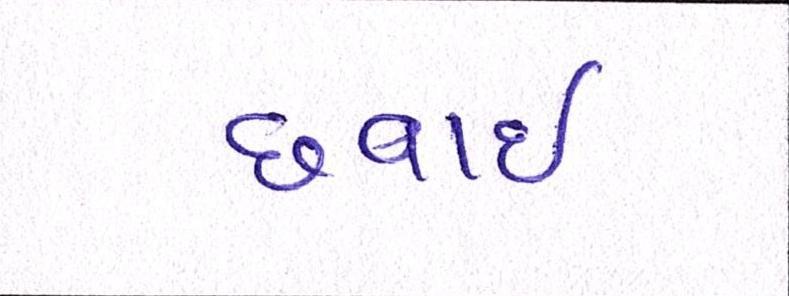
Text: છવાઇ